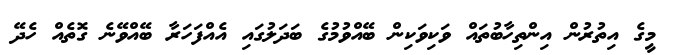
މީގެ އިތުރުން އިންތިހާބުތައް ވަކިވަކިން ބޭއްވުމުގެ ބަދަލުގައި އެއްފަހަރާ ބޭއްވޭނެ ގޮތެއް ހެދޭ